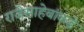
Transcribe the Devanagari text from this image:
राजेसाहेबांकडे